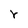
Character: r